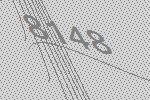
8148